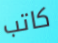
كاتب